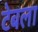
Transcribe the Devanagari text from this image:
टेबला